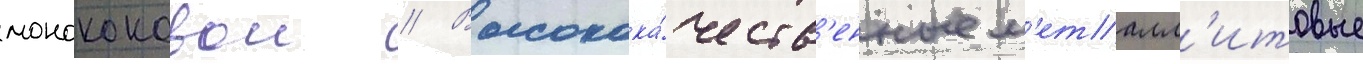
монококовои // Высокока́честв'енные м'еталл'итовые